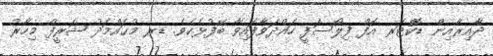
ދާއިރާއިން ޑޮކްޓަރ އޮފް ފިލޯސަފީ ހައްދަވާފައިވާ ބޭފުޅެކެވެ. ޑރ މުޙައްމަދު ޝަރީފް މިހާރު